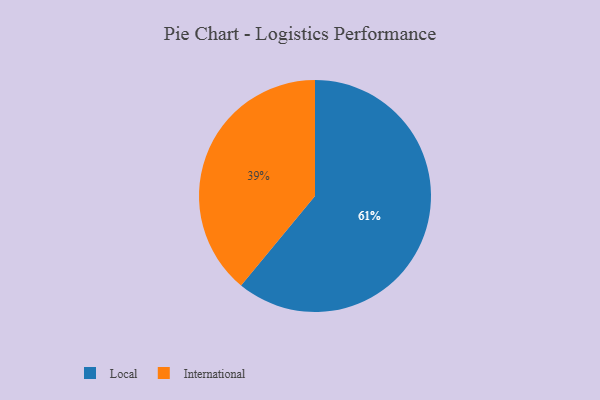
{"axis": {"x": "Category", "y": "Percentage"}, "legend": ["International", "Local"], "data": [{"x": "International", "y": 39, "type": "International"}, {"x": "Local", "y": 61, "type": "Local"}]}